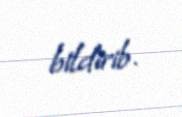
bildirib.